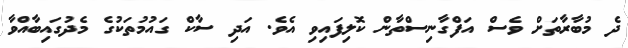
ދެ މުބާރާތަށް ވެސް އަފްގާނިސްތާން ކޮލިފައިވި އެވެ. އަދި ސާކް ގައުމުތަކުގެ މެދުގައިބާއްވާ